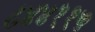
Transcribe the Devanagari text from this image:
८४४११५